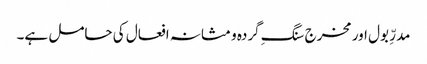
مدرِّ بول اور مخرج سنگِ گردہ و مثانہ افعال کی حامل ہے۔